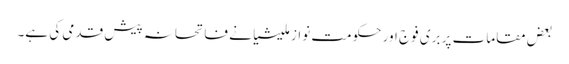
بعض مقامات پر بری فوج اور حکومت نواز ملیشیا نے فاتحانہ پیش قدمی کی ہے۔